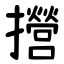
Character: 攚